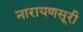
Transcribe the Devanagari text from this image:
नारायणसूरी